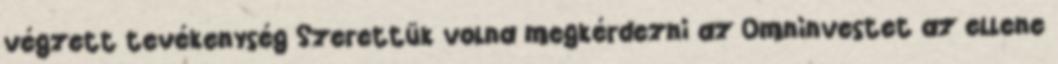
végzett tevékenység Szerettük volna megkérdezni az Omninvestet az ellene